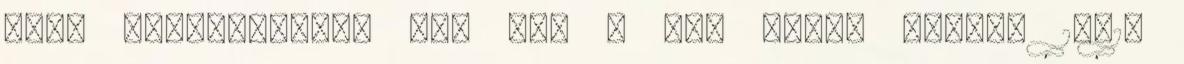
farm tulajdonosát két év, a két másik férfit 18-18